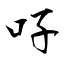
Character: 吇